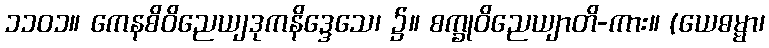
၁၁၀၁။ ကေနစိဝိညေယျဒုကနိဒ္ဒေသေ၊ ၌။ စက္ခုဝိညေယျာတိ-ကား။ (ယေဓမ္မာ၊